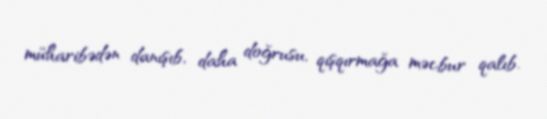
müharibədən danışıb, daha doğrusu, qışqırmağa məcbur qalıb.